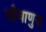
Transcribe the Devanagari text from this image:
जीवाणुज़